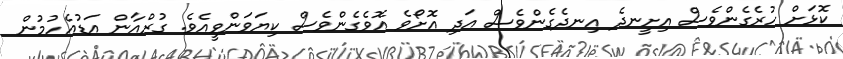
ކޮޅަށް ހުރެގެންވެސް އިށީނދެ އިނދެގެންވެސް އަދި އޮށޯވެ އޮވެގެންވެސް ކިޔަވަންވީއެވެ. ގުރްއާން އަޑުއެހުމުން